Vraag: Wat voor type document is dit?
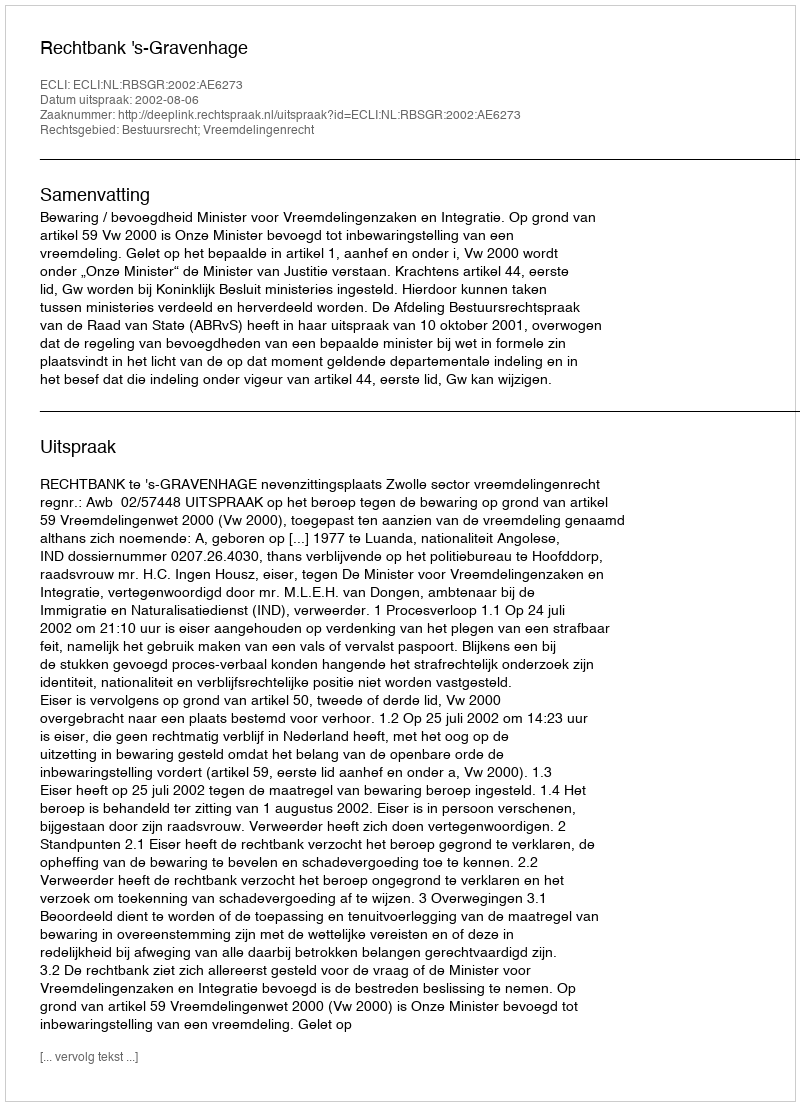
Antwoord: Uitspraak